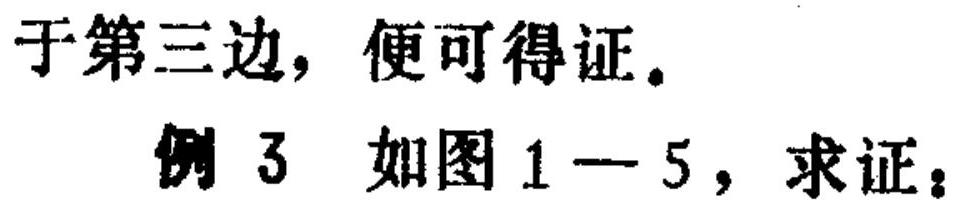
于第三边，便可得证。

例3 如图1—5，求证：